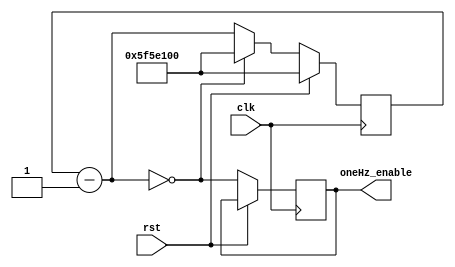
`timescale 1ns / 1ps

module Divider(
    input clk,
	 input rst,
    output reg oneHz_enable
    );
	 
	 localparam [26:0] hz_constant = 27'd100_000_000;
	 reg [26:0]counter = hz_constant;
	 always@(posedge clk)
		begin
			if (rst) counter = hz_constant;
			else begin
				counter = counter - 1;
				oneHz_enable = (counter == 0);
				if (!counter) counter = hz_constant;
			end
		end


endmodule